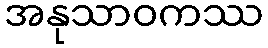
အနုသာဝကဿ